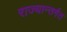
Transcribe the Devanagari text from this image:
राज्यान्तर्गत